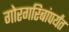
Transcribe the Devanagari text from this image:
गोरगरिबांपर्यंत